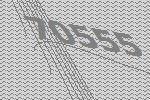
70555